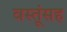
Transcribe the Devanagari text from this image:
वस्तूंसह